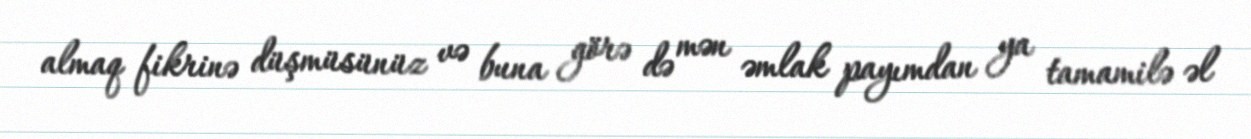
almaq fikrinə düşmüsünüz və buna görə də mən əmlak payımdan ya tamamilə əl